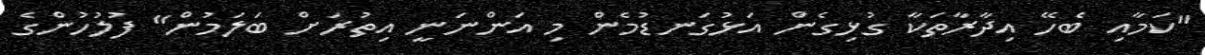
"ކަމާއި ބެހޭ އިދާރާތަކާ ގުޅިގެން އަޅުގަނޑުމެން މި އަންނަނީ އިތުރަށް ބަލަމުން" ފުލުހުންގެ